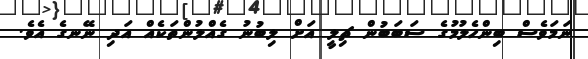
ނަމަވެސް ބިންހެލުމުގެ ސަބަބުން ޗިލީ އަށް ލިބުނު ގެއްލުންތަކެއް އަދި ނޭނގެ އެވެ.